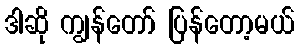
ဒါဆို ကျွန်တော် ပြန်တော့မယ်